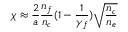
\chi \approx \frac { 2 } { a } \frac { n _ { f } } { n _ { c } } ( 1 - \frac { 1 } { \gamma _ { f } } ) \sqrt { \frac { n _ { c } } { n _ { e } } }